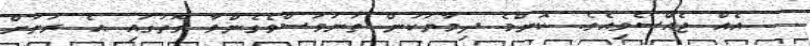
އެއް ޖެއްސެވިއެވެ. ކޮންމެ ދިމާޔަކުން ތަނަވަސްވެގެންވާ ގޮތުގައި އެ ރަށަށް